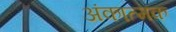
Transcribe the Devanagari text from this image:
अंकात्मक